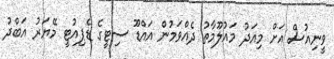
ވީނިއުސް އަށް މިއަދު މައުލޫމާތު ދެއްވަމުން އައްޑޫ ސިޓީގެ ޑެޕިއުޓީ މޭޔަރު އަބްދު